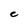
Character: C